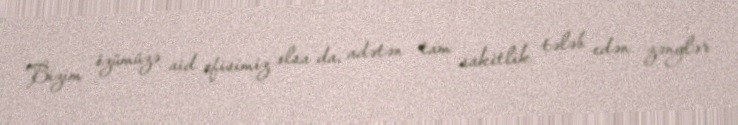
Bizim özümüzə aid ofisimiz olsa da, adətən tam sakitlik tələb edən zənglər